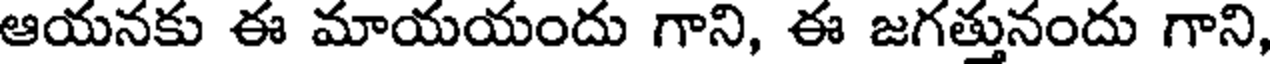
ఆయనకు ఈ మాయయందు గాని, ఈ జగత్తునందు గాని,